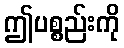
ဤပစ္စည်းကို